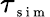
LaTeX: \tau_{\scriptsize{\mathrm{~s~i~m~}}}